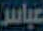
عباس